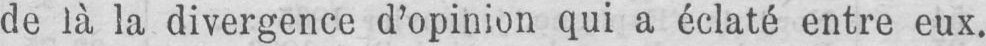
de là la divergence d’opinion qui a éclaté entre eux.